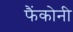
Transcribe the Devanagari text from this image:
फैंकोनी